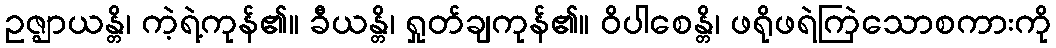
ဥဇ္ဈာယန္တိ၊ ကဲ့ရဲ့ကုန်၏။ ခီယန္တိ၊ ရှုတ်ချကုန်၏။ ဝိပါစေန္တိ၊ ဖရိုဖရဲကြဲသောစကားကို